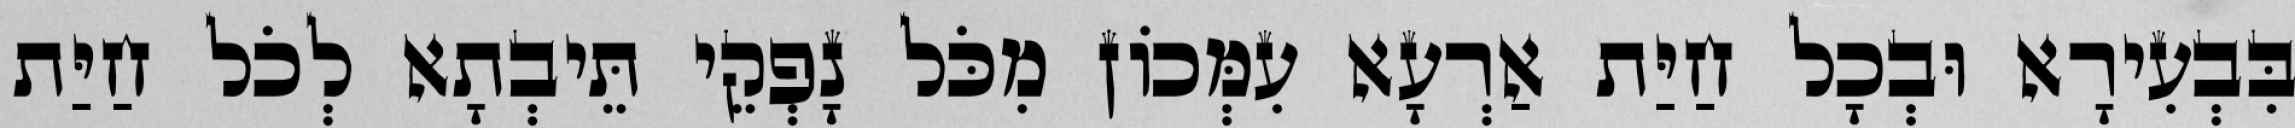
בִּבְעִירָא וּבְכָל חַיַּת אַרְעָא עִמְּכוֹן מִכֹּל נָפְקֵי תֵּיבְתָא לְכֹל חַיַּת